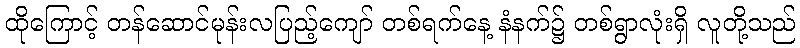
ထိုကြောင့် တန်ဆောင်မုန်းလပြည့်ကျော် တစ်ရက်နေ့ နံနက်၌ တစ်ရွာလုံးရှိ လူတို့သည်